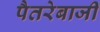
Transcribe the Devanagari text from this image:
पैतरेबाजी